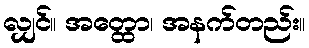
လျှင်။ အတ္ထော၊ အနက်တည်း။